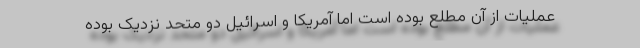
عملیات از آن مطلع بوده است اما آمریکا و اسرائیل دو متحد نزدیک بوده